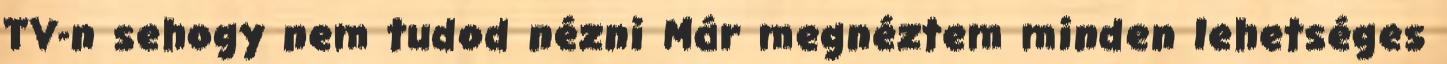
TV-n sehogy nem tudod nézni Már megnéztem minden lehetséges